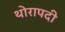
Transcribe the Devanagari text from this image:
थोरापदी